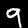
Label: 9